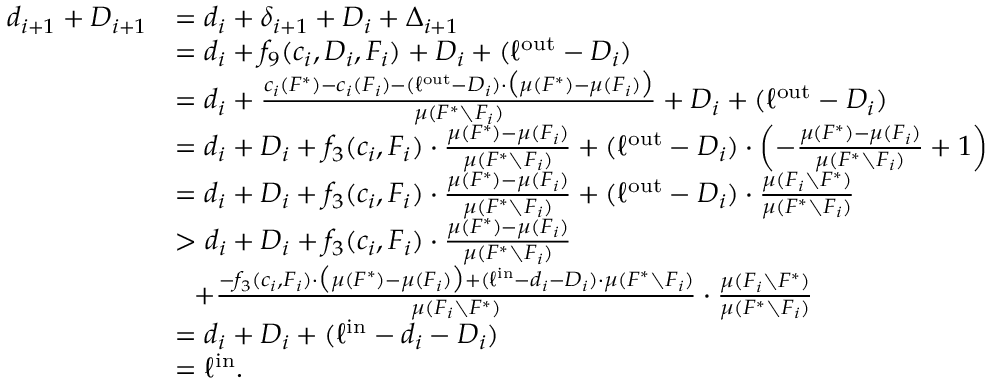
\begin{array} { r l } { d _ { i + 1 } + D _ { i + 1 } } & { = d _ { i } + \delta _ { i + 1 } + D _ { i } + \Delta _ { i + 1 } } \\ { } & { = d _ { i } + f _ { 9 } ( c _ { i } , D _ { i } , F _ { i } ) + D _ { i } + ( \ell ^ { \mathrm { o u t } } - D _ { i } ) } \\ { } & { = d _ { i } + \frac { c _ { i } ( F ^ { * } ) - c _ { i } ( F _ { i } ) - ( \ell ^ { \mathrm { o u t } } - D _ { i } ) \cdot \big ( \mu ( F ^ { * } ) - \mu ( F _ { i } ) \big ) } { \mu ( F ^ { * } \setminus F _ { i } ) } + D _ { i } + ( \ell ^ { \mathrm { o u t } } - D _ { i } ) } \\ { } & { = d _ { i } + D _ { i } + f _ { 3 } ( c _ { i } , F _ { i } ) \cdot \frac { \mu ( F ^ { * } ) - \mu ( F _ { i } ) } { \mu ( F ^ { * } \setminus F _ { i } ) } + ( \ell ^ { \mathrm { o u t } } - D _ { i } ) \cdot \left( - \frac { \mu ( F ^ { * } ) - \mu ( F _ { i } ) } { \mu ( F ^ { * } \setminus F _ { i } ) } + 1 \right) } \\ { } & { = d _ { i } + D _ { i } + f _ { 3 } ( c _ { i } , F _ { i } ) \cdot \frac { \mu ( F ^ { * } ) - \mu ( F _ { i } ) } { \mu ( F ^ { * } \setminus F _ { i } ) } + ( \ell ^ { \mathrm { o u t } } - D _ { i } ) \cdot \frac { \mu ( F _ { i } \setminus F ^ { * } ) } { \mu ( F ^ { * } \setminus F _ { i } ) } } \\ { } & { > d _ { i } + D _ { i } + f _ { 3 } ( c _ { i } , F _ { i } ) \cdot \frac { \mu ( F ^ { * } ) - \mu ( F _ { i } ) } { \mu ( F ^ { * } \setminus F _ { i } ) } } \\ { } & { ~ ~ + \frac { - f _ { 3 } ( c _ { i } , F _ { i } ) \cdot \big ( \mu ( F ^ { * } ) - \mu ( F _ { i } ) \big ) + ( \ell ^ { \mathrm { i n } } - d _ { i } - D _ { i } ) \cdot \mu ( F ^ { * } \setminus F _ { i } ) } { \mu ( F _ { i } \setminus F ^ { * } ) } \cdot \frac { \mu ( F _ { i } \setminus F ^ { * } ) } { \mu ( F ^ { * } \setminus F _ { i } ) } } \\ { } & { = d _ { i } + D _ { i } + ( \ell ^ { \mathrm { i n } } - d _ { i } - D _ { i } ) } \\ { } & { = \ell ^ { \mathrm { i n } } . } \end{array}